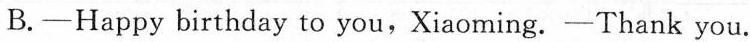
B.—Happy birthday to you,Xiaoming. —Thank you.